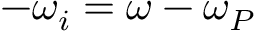
- \omega _ { i } = \omega - \omega _ { P }